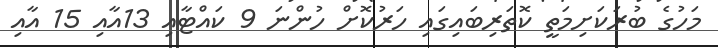
މަހުގެ ބުރަކަށިމަތީ ކޮތަރިބައިގައި ހަރުކޮށް ހުންނަ 9 ކައްޓާއި 13އާއި 15 އާއި